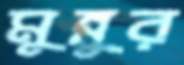
মুন্নুর